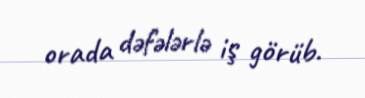
orada dəfələrlə iş görüb.